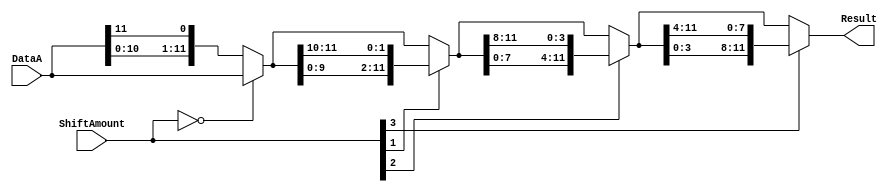
/******************************************************************************
 ** Logisim goes FPGA automatic generated Verilog code                       **
 **                                                                          **
 ** Component : Shifter_12_bit                                               **
 **                                                                          **
 ******************************************************************************/

`timescale 1ns/1ps
module Shifter_12_bit( DataA,
                       ShiftAmount,
                       Result);

   /***************************************************************************
    ** Here all module parameters are defined with a dummy value             **
    ***************************************************************************/
   parameter ShifterMode = 1;


   /***************************************************************************
    ** Here the inputs are defined                                           **
    ***************************************************************************/
   input[11:0]  DataA;
   input[3:0]  ShiftAmount;

   /***************************************************************************
    ** Here the outputs are defined                                          **
    ***************************************************************************/
   //output reg [11:0] Result;
    output [11:0] Result;
   /***************************************************************************
    ** Here the internal wires are defined                                   **
    ***************************************************************************/
   wire[11:0] s_stage_0_result;
   wire s_stage_0_shiftin;
   wire[11:0] s_stage_1_result;
   wire[1:0] s_stage_1_shiftin;
   wire[11:0] s_stage_2_result;
   wire[3:0] s_stage_2_shiftin;
   wire[11:0] s_stage_3_result;
   wire[7:0] s_stage_3_shiftin;

   /***************************************************************************
    ** ShifterMode represents when:                                          **
    ** 0 : Logical Shift Left                                                **
    ** 1 : Rotate Left                                                       **
    ** 2 : Logical Shift Right                                               **
    ** 3 : Arithmetic Shift Right                                            **
    ** 4 : Rotate Right                                                      **
    ***************************************************************************/


   /***************************************************************************
    ** Here stage 0 of the binairy shift tree is defined                     **
    ***************************************************************************/

   assign s_stage_0_shiftin = ((ShifterMode== 1)||(ShifterMode==3)) ?
                              DataA[11] :
                              (ShifterMode== 4) ? DataA[0] : 0;

   assign s_stage_0_result  = (ShiftAmount == 0) ? DataA :
                              ((ShifterMode== 0) || (ShifterMode== 1)) ?
                              {DataA[10:0],s_stage_0_shiftin} :
                              {s_stage_0_shiftin,DataA[11:1]};

   /***************************************************************************
    ** Here stage 1 of the binairy shift tree is defined                     **
    ***************************************************************************/

   assign s_stage_1_shiftin = (ShifterMode== 1) ?
                              s_stage_0_result[11:10] : 
                              (ShifterMode== 3) ?
                              {2{s_stage_0_result[11]}} :
                              (ShifterMode== 4) ?
                              s_stage_0_result[1:0] : 0;

   assign s_stage_1_result  = (ShiftAmount[1]==0) ?
                              s_stage_0_result : 
                              ((ShifterMode== 0)||(ShifterMode== 1)) ?
                              {s_stage_0_result[9:0],s_stage_1_shiftin} :
                              {s_stage_1_shiftin,s_stage_0_result[11:2]};

   /***************************************************************************
    ** Here stage 2 of the binairy shift tree is defined                     **
    ***************************************************************************/

   assign s_stage_2_shiftin = (ShifterMode== 1) ?
                              s_stage_1_result[11:8] : 
                              (ShifterMode== 3) ?
                              {4{s_stage_1_result[11]}} :
                              (ShifterMode== 4) ?
                              s_stage_1_result[3:0] : 0;

   assign s_stage_2_result  = (ShiftAmount[2]==0) ?
                              s_stage_1_result : 
                              ((ShifterMode== 0)||(ShifterMode== 1)) ?
                              {s_stage_1_result[7:0],s_stage_2_shiftin} :
                              {s_stage_2_shiftin,s_stage_1_result[11:4]};

   /***************************************************************************
    ** Here stage 3 of the binairy shift tree is defined                     **
    ***************************************************************************/

   assign s_stage_3_shiftin = (ShifterMode== 1) ?
                              s_stage_2_result[11:4] : 
                              (ShifterMode== 3) ?
                              {8{s_stage_2_result[11]}} :
                              (ShifterMode== 4) ?
                              s_stage_2_result[7:0] : 0;

   assign s_stage_3_result  = (ShiftAmount[3]==0) ?
                              s_stage_2_result : 
                              ((ShifterMode== 0)||(ShifterMode== 1)) ?
                              {s_stage_2_result[3:0],s_stage_3_shiftin} :
                              {s_stage_3_shiftin,s_stage_2_result[11:8]};

   /***************************************************************************
    ** Here we assign the result                                             **
    ***************************************************************************/

   assign Result = s_stage_3_result;


endmodule